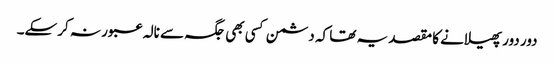
دور دور پھیلانے کا مقصد یہ تھا کہ دشمن کسی بھی جگہ سے نالہ عبور نہ کرسکے۔